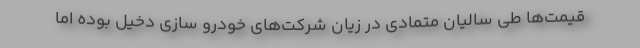
قیمت‌ها طی سالیان متمادی در زیان شرکت‌های خودرو سازی دخیل بوده اما